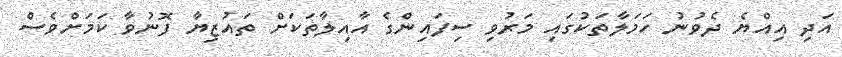
އަދި އިއްޔެ ދެވުނު ހަމަލާތަކުގައި މަރުވި ސިފައިންގެ އާއިލާތަކަށް ތައުޒިޔާ ފޮނުވާ ކަމަށްވެސް